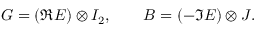
G = ( { \Re } E ) \otimes I _ { 2 } , \qquad B = ( - { \Im } E ) \otimes J .